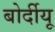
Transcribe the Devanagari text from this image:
बोर्दीयू